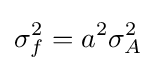
\sigma _{f}^{2}=a^{2}\sigma _{A}^{2}